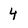
Character: 4